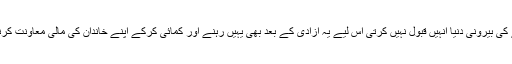
مگر چونکہ قحبہ خانے کی بیرونی دنیا انہیں قبول نہیں کرتی اس لیے یہ آزادی کے بعد بھی یہیں رہنے اور کمائی کرکے اپنے خاندان کی مالی معاونت کرنے کو ترجیح دیتی ہیں۔